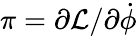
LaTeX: \pi=\partial{\cal\mathcal{L}}/\partial\dot{{\phi}}